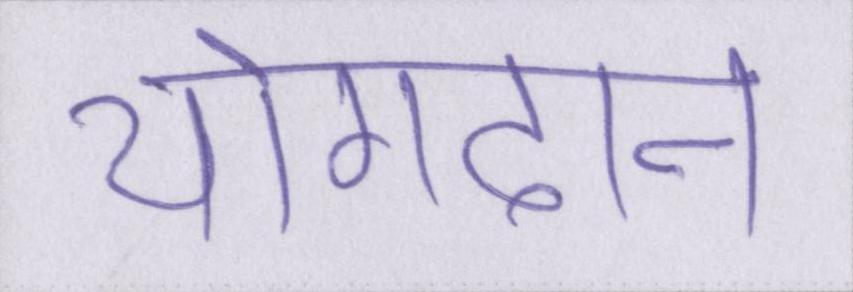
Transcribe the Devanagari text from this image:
योगदान